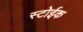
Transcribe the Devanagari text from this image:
स्टोईक